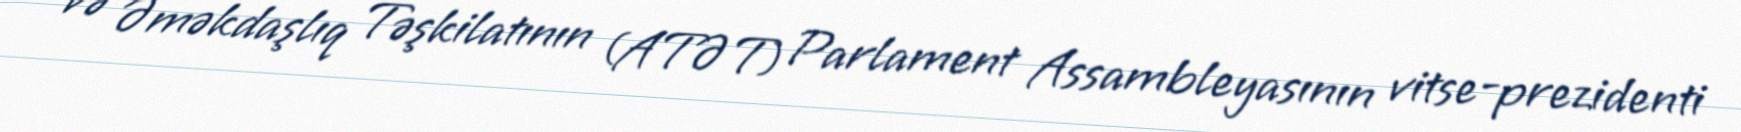
və Əməkdaşlıq Təşkilatının (ATƏT) Parlament Assambleyasının vitse-prezidenti